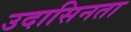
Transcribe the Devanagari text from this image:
उदासिनता